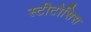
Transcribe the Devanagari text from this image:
स्टीटोसिस